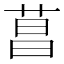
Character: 菖